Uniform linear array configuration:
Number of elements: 48
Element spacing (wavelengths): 0.25
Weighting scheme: binomial
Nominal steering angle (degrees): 15
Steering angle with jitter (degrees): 13.324
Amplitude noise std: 0.05
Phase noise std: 0.05

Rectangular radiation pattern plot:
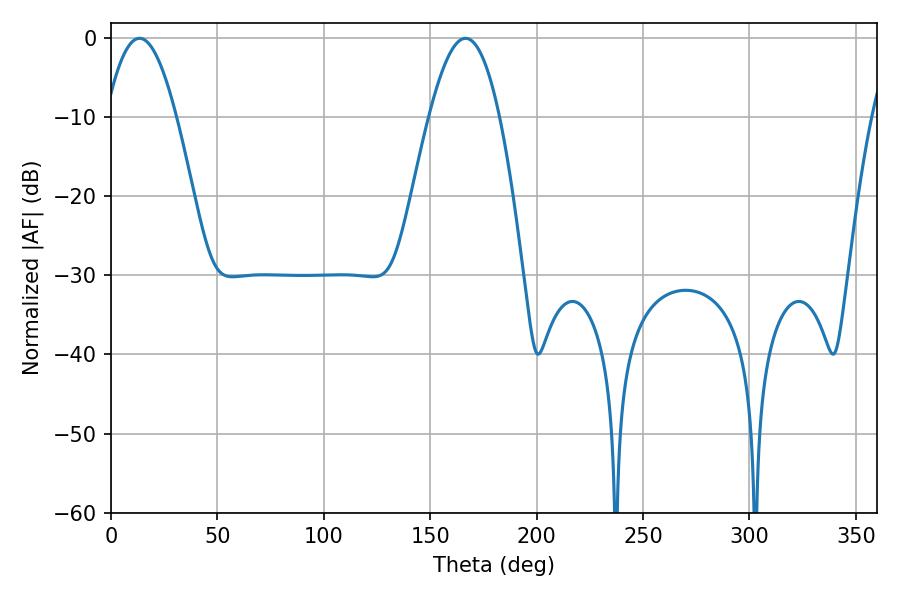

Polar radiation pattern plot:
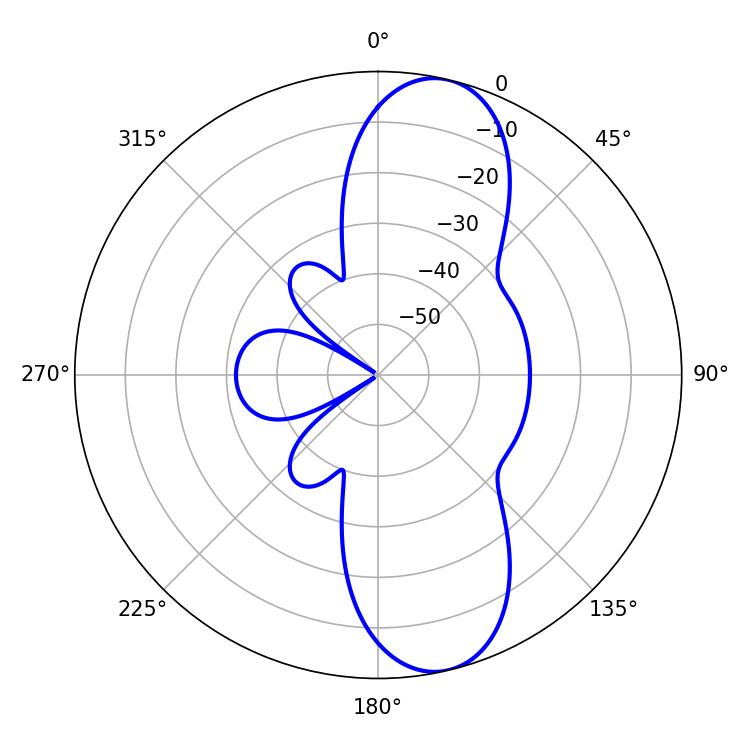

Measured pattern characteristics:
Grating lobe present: FALSE
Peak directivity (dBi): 10.901
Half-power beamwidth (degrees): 18
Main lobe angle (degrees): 13.32